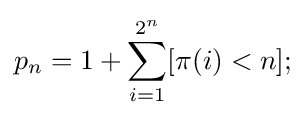
p_{n}=1+\sum _{i=1}^{2^{n}}[\pi (i)<n];